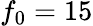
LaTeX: f_{0}=15